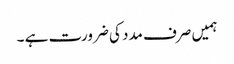
ہمیں صرف مدد کی ضرورت ہے ۔